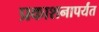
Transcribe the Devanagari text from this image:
प्रकाशनापर्यंत